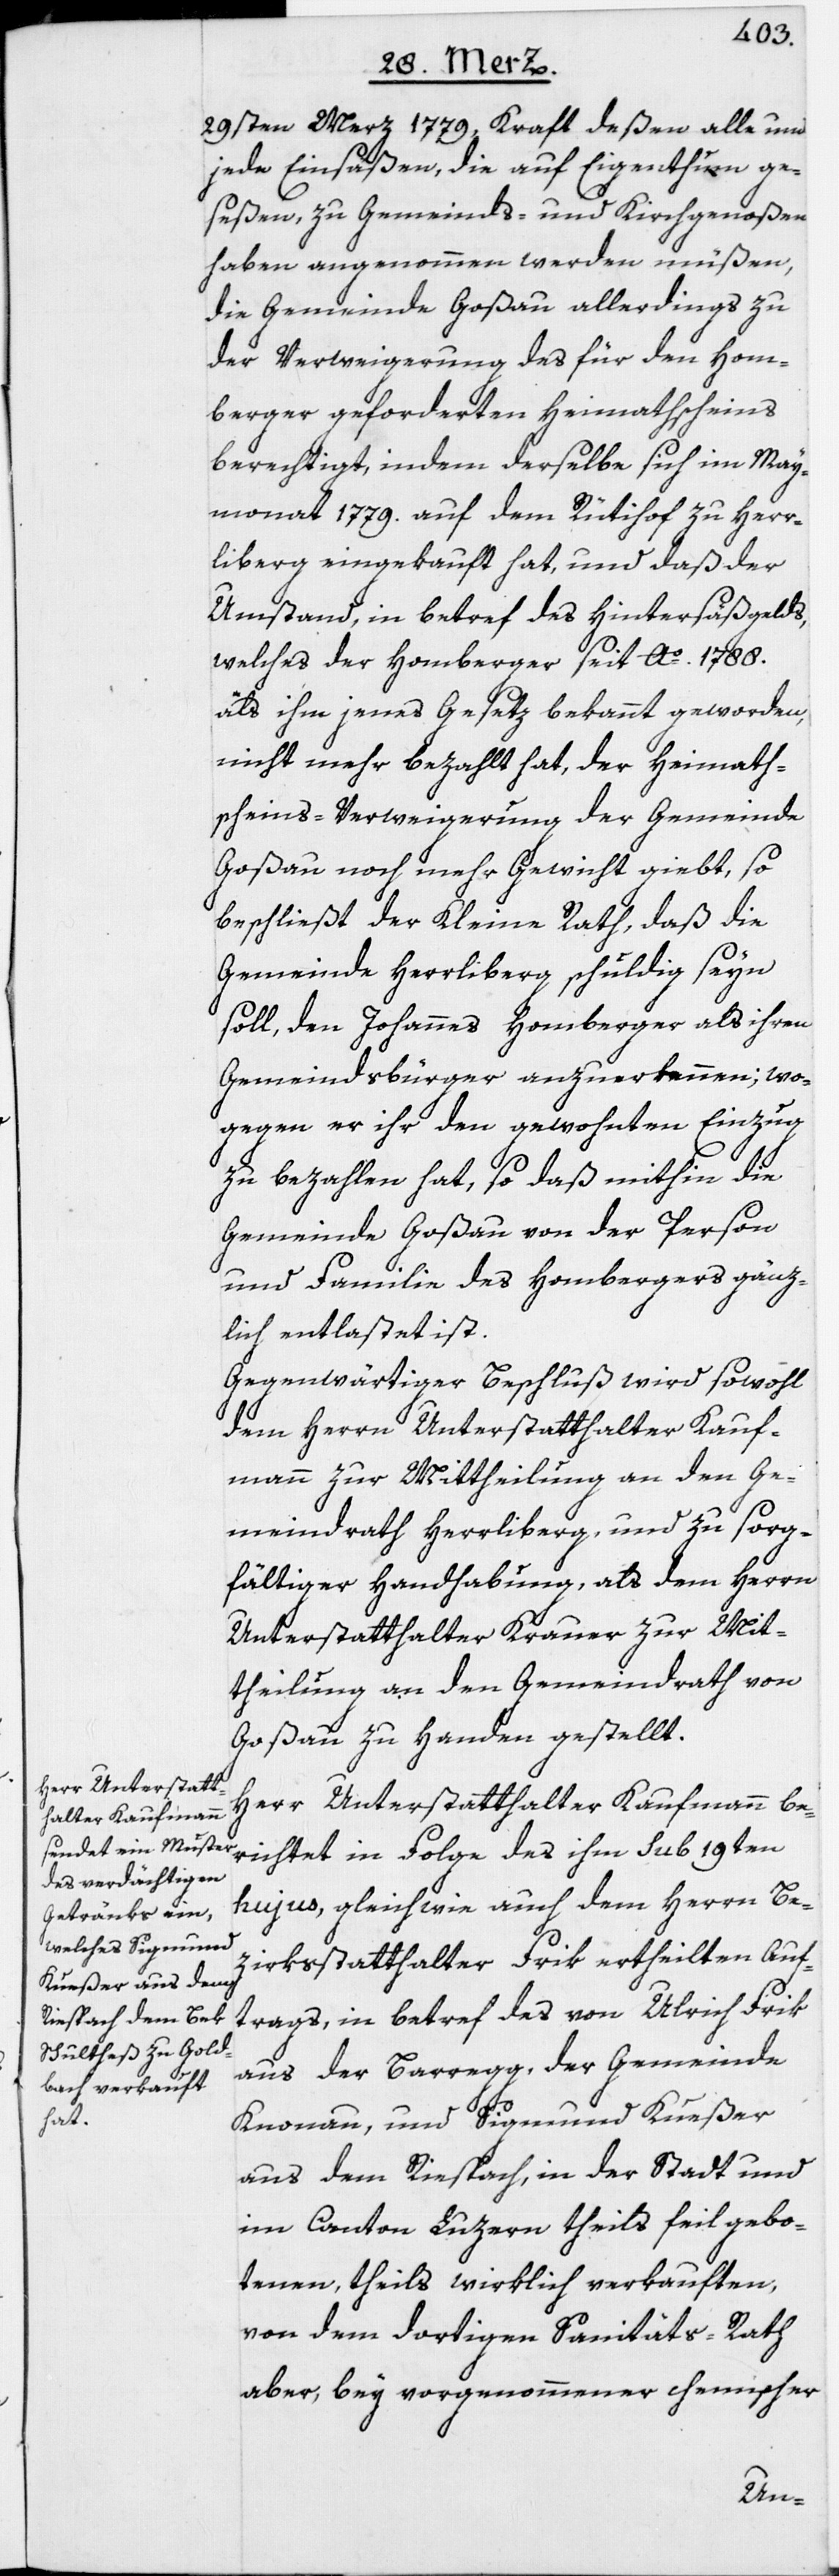
29sten Merz 1779, Kraft deßen alle und
jede Einsäßen, die auf Eigenthum ge¬
seßen, zu Gemeinds- und Kirchgenoßen
haben angenommen werden müßen,
die Gemeinde Goßau allerdings zu
der Verweigerung des für den Hom¬
berger geforderten Heimathscheins
berechtigt, indem derselbe sich im May¬
monat 1779. auf dem Rütihof zu Herr¬
liberg eingekauft hat, und daß der
Umstand, in betref des Hintersäßgelds,
welches der Homberger seit Ao. 1788.
als ihm jenes Gesetz bekannt geworden,
nicht mehr bezahlt hat, der Heimath¬
scheins-Verweigerung der Gemeinde
Goßau noch mehr Gewicht giebt, so
beschließt der Kleine Rath, daß die
Gemeinde Herrliberg schuldig seyn
soll, den Johannes Homberger als ihren
Gemeindsbürger anzuerkennen; wo¬
gegen er ihr den gewohnten Einzug
zu bezahlen hat, so daß mithin die
Gemeinde Goßau von der Person
und Familie des Hombergers gänz¬
lich entlastet ist.
Gegenwärtiger Beschluß wird sowohl
dem Herrn Unterstatthalter Kauf¬
mann zur Mittheilung an den Ge¬
meindrath Herrliberg, und zu sorg¬
fältiger Handhabung, als dem Herrn
Unterstatthalter Krauer zur Mit¬
theilung an den Gemeindrath von
Goßau zu Handen gestellt.
Herr Unterstatt¬
halter Kaufmann
hujus, gleichwie auch dem Herrn Be¬
zirksstatthalter Frik ertheilten Auf¬
trags, in betref des von Ulrich Frik
aus der Barregg, der Gemeinde
Knonau, und Sigmund Kueßer
aus dem Riespach, in der Stadt und
im Canton Luzern theils feil gebo¬
tenen, theils wirklich verkauften,
von dem dortigen Sanitäts-Rath
aber, bey vorgenommener chemischer